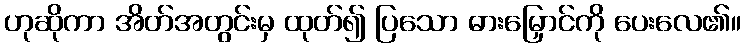
ဟုဆိုကာ အိတ်အတွင်းမှ ထုတ်၍ ပြသော ဓားမြှောင်ကို ပေးလေ၏။